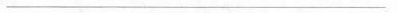
___